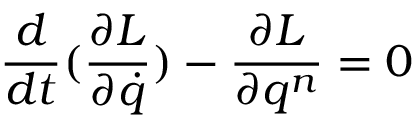
\frac { d } { d t } ( \frac { \partial L } { \partial \dot { q } } ) - \frac { \partial L } { \partial q ^ { n } } = 0